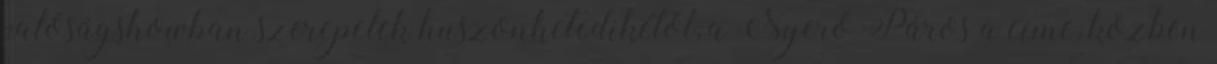
valóságshowban szerepelek huszonhetedikétől, a Nyerő Páros a címe, közben